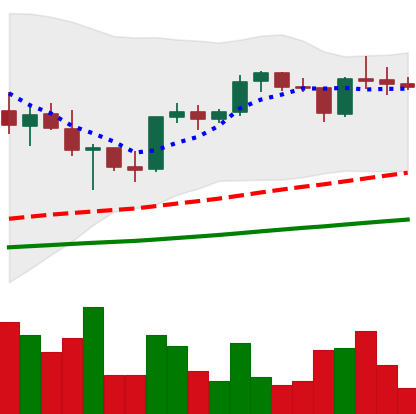
Ticker: XRP-USD
Chart end date: 2021-05-08
Forward return: -13.035%
Label: down_7plus